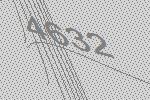
4632